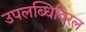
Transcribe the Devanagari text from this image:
उपलब्धिविरल